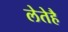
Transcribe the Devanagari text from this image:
लेतेहै